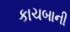
કાચબાની